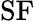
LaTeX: \mathrm{SF}